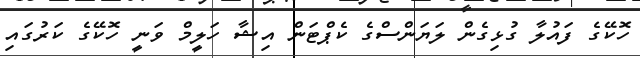
ހޮކޭގެ ފައުލާ ގުޅިގެން ލަޔަންސްގެ ކެޕްޓަން އިޝާ ހަލީމް ވަނީ ހޮކޭގެ ކަރުގައި